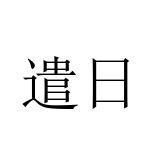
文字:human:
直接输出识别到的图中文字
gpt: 遣日